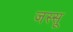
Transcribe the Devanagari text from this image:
जस्सू